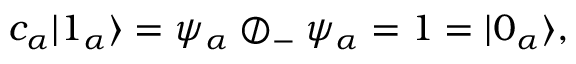
c _ { \alpha } | 1 _ { \alpha } \rangle = \psi _ { \alpha } \oslash _ { - } \psi _ { \alpha } = 1 = | 0 _ { \alpha } \rangle ,